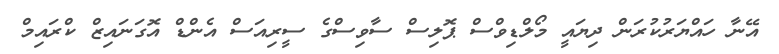
އޭނާ ހައްޔަރުކުރަން ދިޔައީ މޯލްޑިވްސް ޕޮލިސް ސާވިސްގެ ސީރިއަސް އެންޑް އޮގަނައިޒް ކްރައިމް